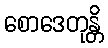
စောဒေတုန္တိ